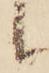
候